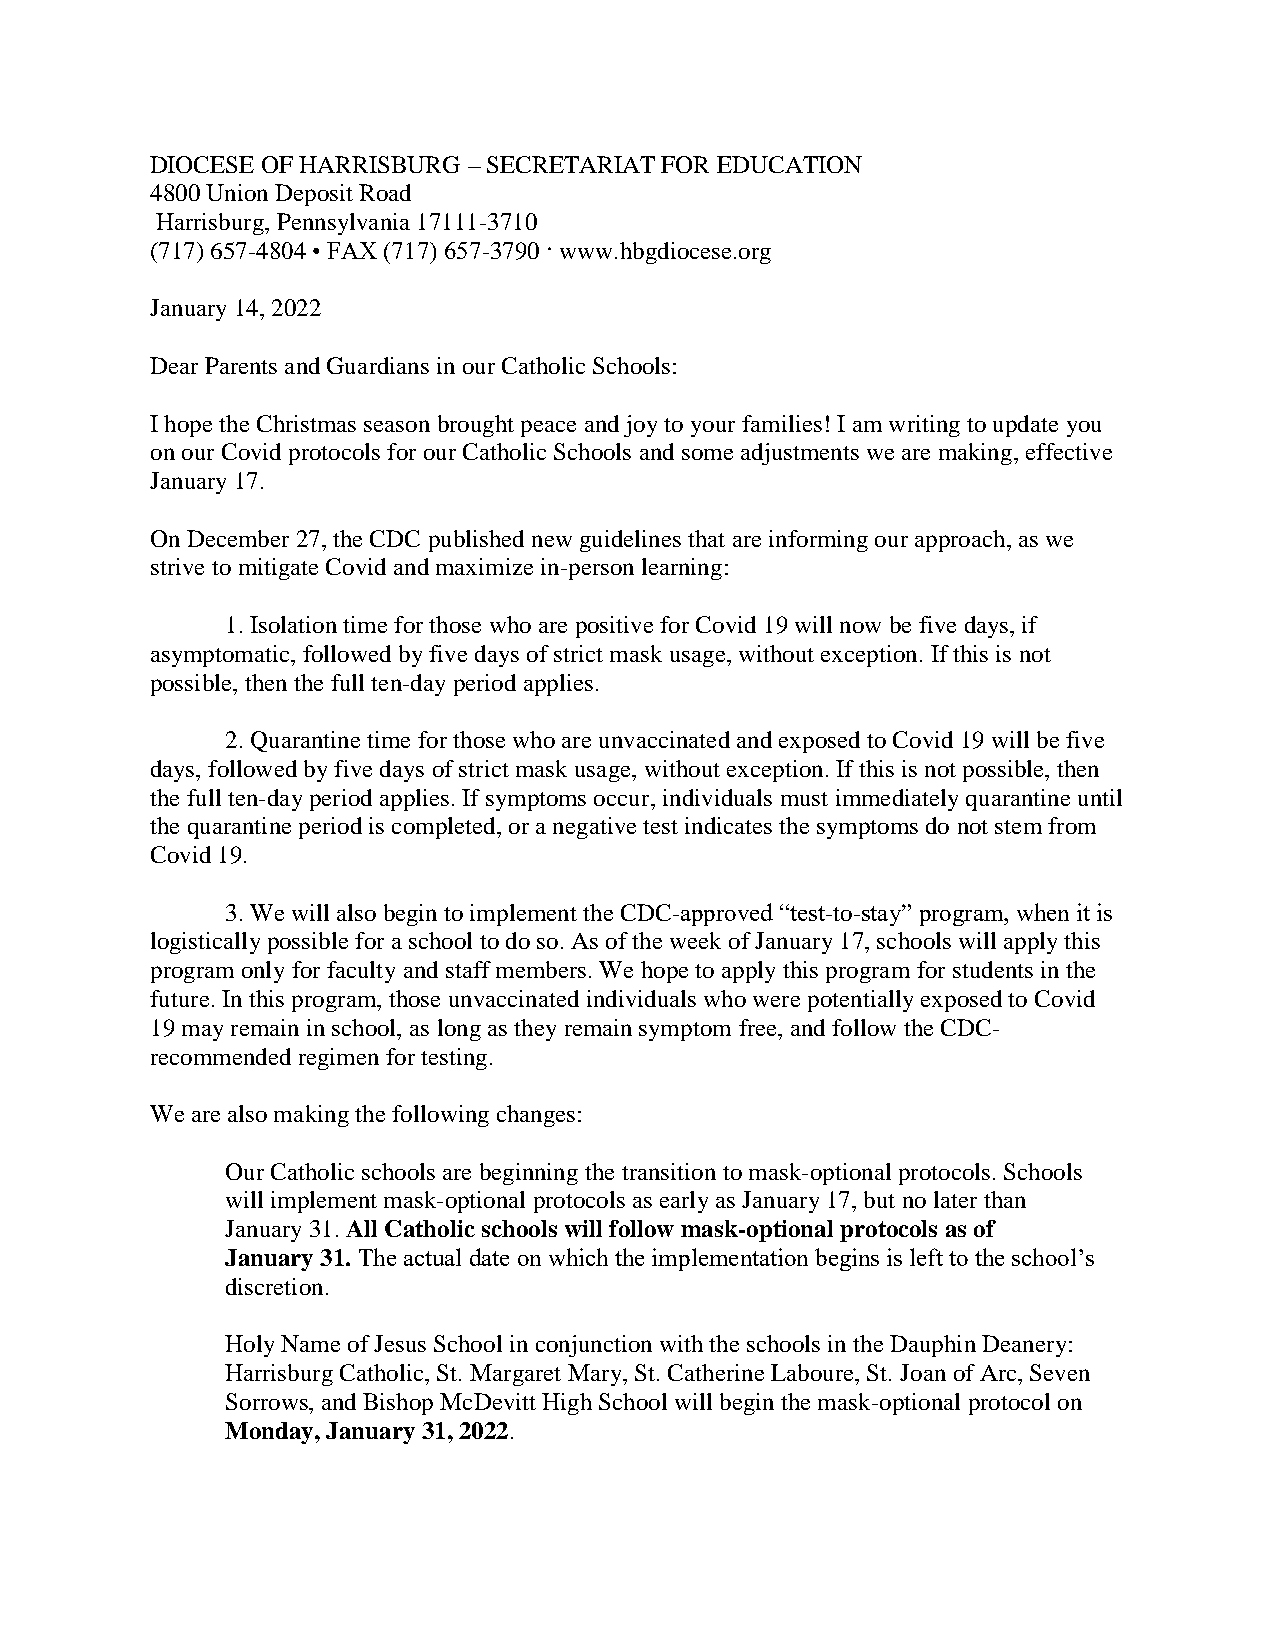
DIOCESE OF HARRISBURG – SECRETARIAT FOR EDUCATION
 4800 Union Deposit Road
 Harrisburg, Pennsylvania 17111-3710
 (717) 657-4804 • FAX (717) 657-3790 · www.hbgdiocese.org
 January 14, 2022
 Dear Parents and Guardians in our Catholic Schools:
 I hope the Christmas season brought peace and joy to your families! I am writing to update you
 on our Covid protocols for our Catholic Schools and some adjustments we are making, effective
 January 17.
 On December 27, the CDC published new guidelines that are informing our approach, as we
 strive to mitigate Covid and maximize in-person learning:
 1. Isolation time for those who are positive for Covid 19 will now be five days, if
 asymptomatic, followed by five days of strict mask usage, without exception. If this is not
 possible, then the full ten-day period applies.
 2. Quarantine time for those who are unvaccinated and exposed to Covid 19 will be five
 days, followed by five days of strict mask usage, without exception. If this is not possible, then
 the full ten-day period applies. If symptoms occur, individuals must immediately quarantine until
 the quarantine period is completed, or a negative test indicates the symptoms do not stem from
 Covid 19.
 3. We will also begin to implement the CDC-approved “test-to-stay” program, when it is
 logistically possible for a school to do so. As of the week of January 17, schools will apply this
 program only for faculty and staff members. We hope to apply this program for students in the
 future. In this program, those unvaccinated individuals who were potentially exposed to Covid
 19 may remain in school, as long as they remain symptom free, and follow the CDC-
 recommended regimen for testing.
 We are also making the following changes:
 Our Catholic schools are beginning the transition to mask-optional protocols. Schools
 will implement mask-optional protocols as early as January 17, but no later than
 January 31. All Catholic schools will follow mask-optional protocols as of
 January 31. The actual date on which the implementation begins is left to the school’s
 discretion.
 Holy Name of Jesus School in conjunction with the schools in the Dauphin Deanery:
 Harrisburg Catholic, St. Margaret Mary, St. Catherine Laboure, St. Joan of Arc, Seven
 Sorrows, and Bishop McDevitt High School will begin the mask-optional protocol on
 Monday, January 31, 2022.